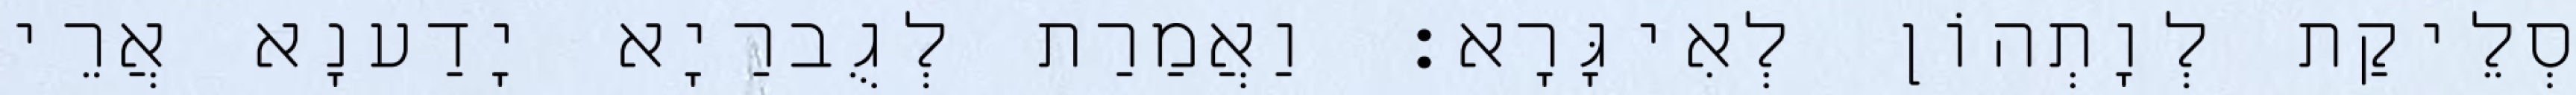
סְלֵיקַת לְוָתְהוֹן לְאִיגָּרָא׃ וַאֲמַרַת לְגֻברַיָא יָדַענָא אֲרֵי